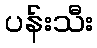
ပန်းသီး